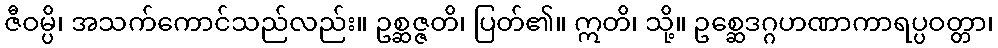
ဇီဝမ္ပိ၊ အသက်ကောင်သည်လည်း။ ဥစ္ဆဇ္ဇတိ၊ ပြတ်၏။ ဣတိ၊ သို့။ ဥစ္ဆေဒဂ္ဂဟဏာကာရပ္ပဝတ္တာ၊